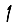
Digit: 1